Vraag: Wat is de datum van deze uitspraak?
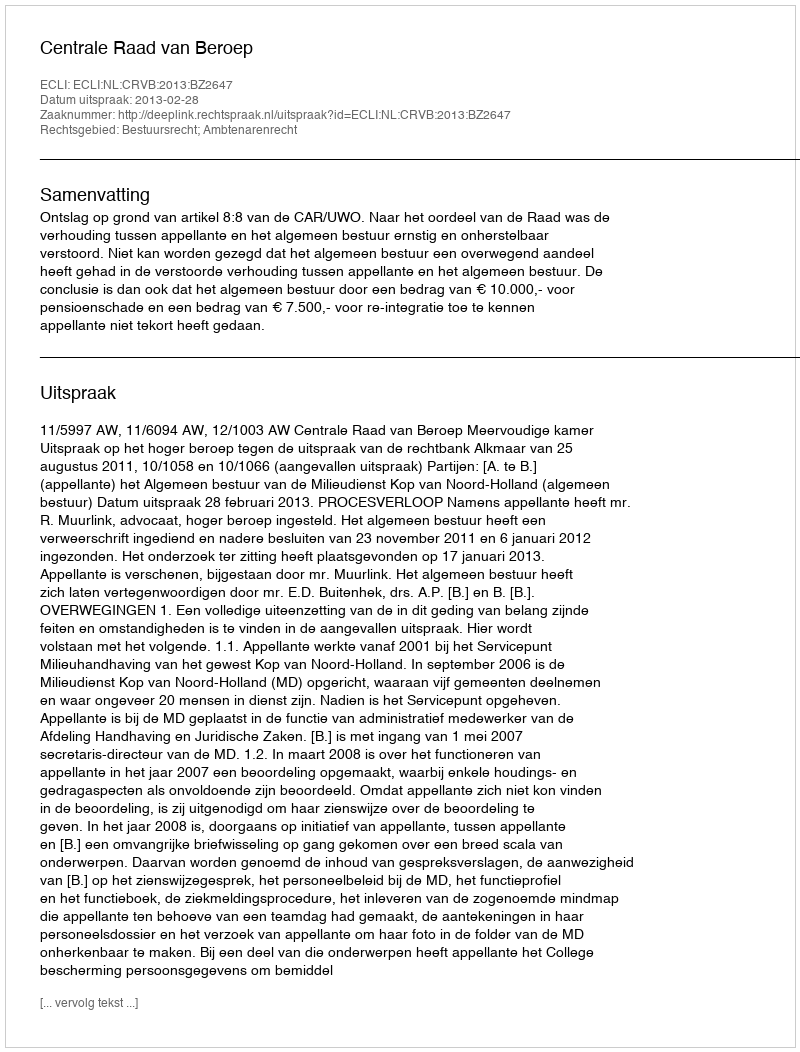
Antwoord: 2013-02-28